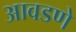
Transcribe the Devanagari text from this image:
आवडणे